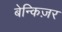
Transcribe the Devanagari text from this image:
बेन्किज़र